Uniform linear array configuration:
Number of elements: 16
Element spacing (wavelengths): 0.75
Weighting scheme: hamming
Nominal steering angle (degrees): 15
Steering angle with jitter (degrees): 15.922
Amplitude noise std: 0.05
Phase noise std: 0.05

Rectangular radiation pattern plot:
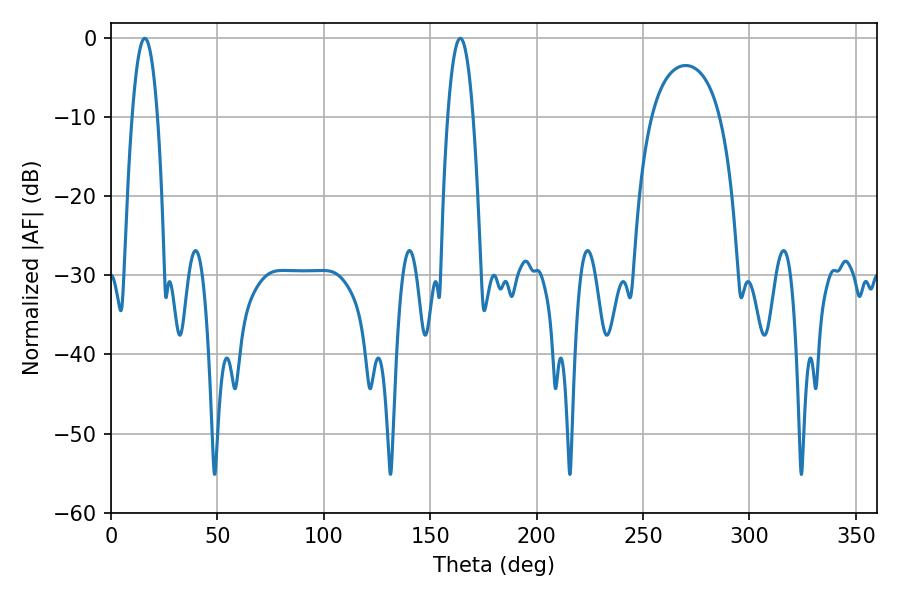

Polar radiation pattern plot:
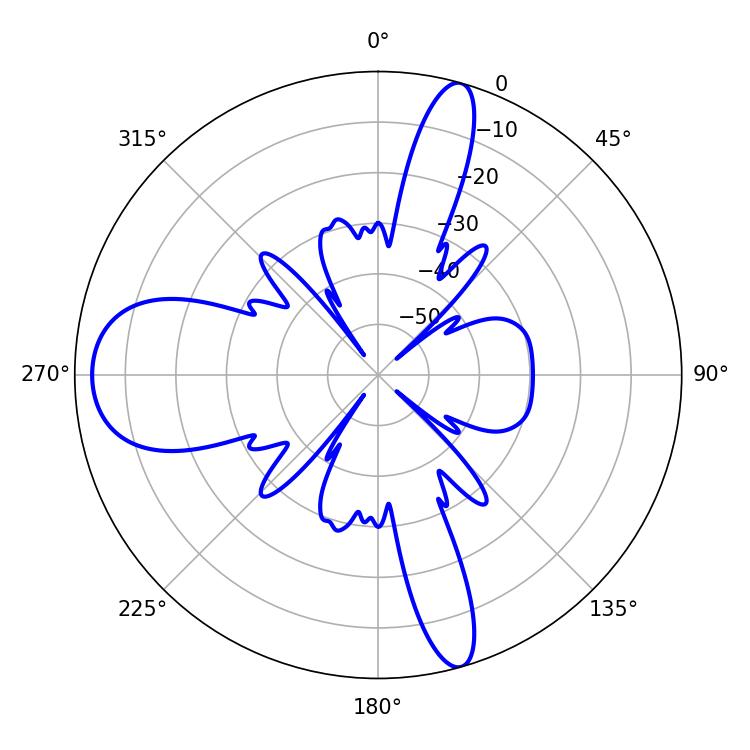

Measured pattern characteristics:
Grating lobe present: TRUE
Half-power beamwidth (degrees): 6.48
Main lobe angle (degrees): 15.84